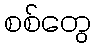
စစ်တွေ